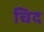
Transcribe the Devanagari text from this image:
चिद